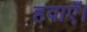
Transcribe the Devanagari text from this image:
हवाएँ।